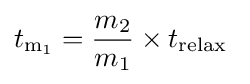
t_{\mathrm {m_{1}} }={\frac {m_{2}}{m_{1}}}\times t_{\mathrm {relax} }\